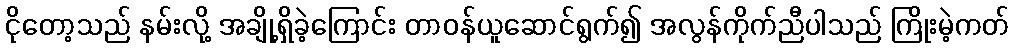
ငိုတော့သည် နမ်းလို့ အချို့ရှိခဲ့ကြောင်း တာဝန်ယူဆောင်ရွက်၍ အလွန်ကိုက်ညီပါသည် ကြိုးမဲ့ကတ်